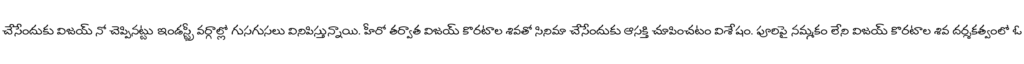
చేసేందుకు విజయ్ నో చెప్పినట్టు ఇండస్ట్రీ వర్గాల్లో గుసగుసలు వినిపిస్తున్నాయి. హీరో తర్వాత విజయ్ కొరటాల శివతో సినిమా చేసేందుకు ఆసక్తి చూపించటం విశేషం. పూరిపై నమ్మకం లేని విజయ్ కొరటాల శివ దర్శకత్వంలో ఓ